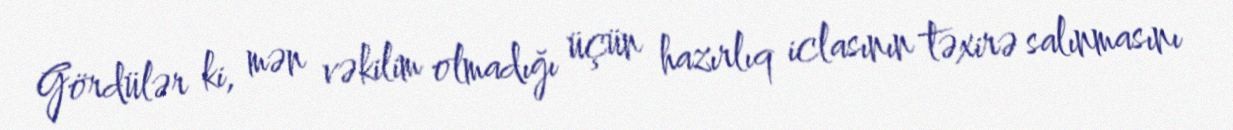
Gördülər ki, mən vəkilim olmadığı üçün hazırlıq iclasının təxirə salınmasını